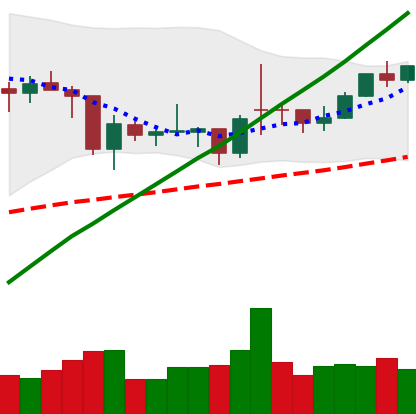
Ticker: BTC-USD
Chart end date: 2021-02-05
Forward return: 17.758%
Label: up_7plus